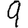
Digit: 9